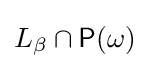
L_{\beta }\cap {\mathsf {P}}(\omega )